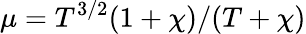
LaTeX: \mu=T^{3/2}(1+\chi)/(T+\chi)